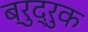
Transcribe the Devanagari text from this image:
ब्रुद्रुक